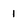
Character: 1